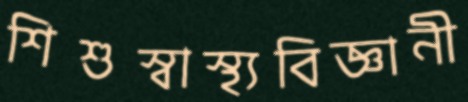
শিশুস্বাস্থ্যবিজ্ঞানী